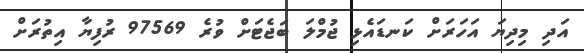
އަދި މިދިޔަ އަހަރަށް ކަނޑައެޅި ޖުމްލަ ބަޖެޓަށް ވުރެ 97569 ރުފިޔާ އިތުރަށް